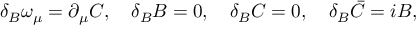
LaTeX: \delta _ { B } \omega _ { \mu } = \partial _ { \mu } C , \quad \delta _ { B } B = 0 , \quad \delta _ { B } C = 0 , \quad \delta _ { B } \bar { C } = i B ,